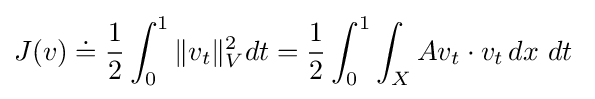
J(v)\doteq {\frac {1}{2}}\int _{0}^{1}\|v_{t}\|_{V}^{2}dt={\frac {1}{2}}\int _{0}^{1}\int _{X}Av_{t}\cdot v_{t}\,dx\ dt\